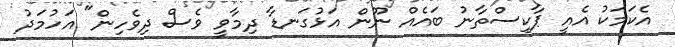
އެކަމަކު އެއީ ޕާކިސްތާނު ބައެއް ނޫން އަޅުގަނޑާ ދިމާވީ ވެސް ދިވެހިން" އަހުމަދު